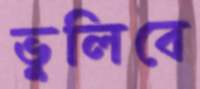
ভুলিবে